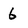
Character: 6